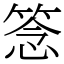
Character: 𥮘